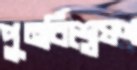
পুনর্বিশ্লেষণ